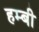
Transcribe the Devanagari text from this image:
हम्बी